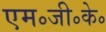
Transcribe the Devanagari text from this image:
एम॰जी॰के॰